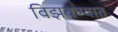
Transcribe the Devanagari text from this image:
विझवण्यात